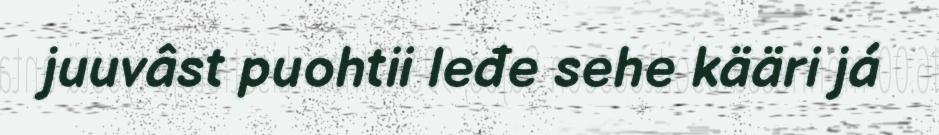
juuvâst puohtii leđe sehe kääri já